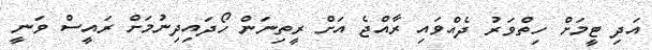
އަދި ޓީމަށް ހިތްވަރު ދެއްވައި ރާއްޖެ އަށް ރީތިނަން ހޯދައިދިނުމަށް ރައީސް ވަނީ